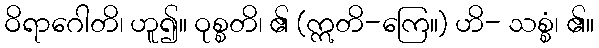
ဝိရာဂေါတိ၊ ဟူ၍။ ဝုစ္စတိ၊ ၏ (ဣတိ-ကြေ။) ဟိ- သစ္စံ၊ ၏။